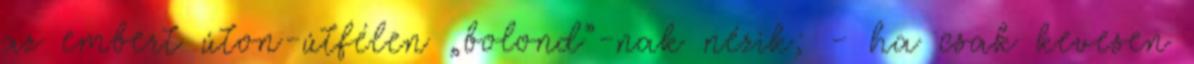
az embert úton-útfélen „bolond”-nak né­zik; - ha csak kevesen